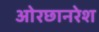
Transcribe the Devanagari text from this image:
ओरछानरेश